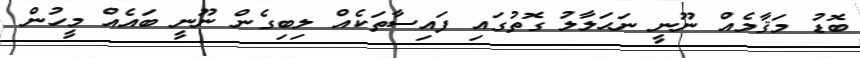
ބޮޑު މަޤާމެއް ނޫނީ ނަޙަލާލު ގޮތުގައި ފައިސާތަކެއް ލިބިގެން ނޫނީ ބައެއް މީހުން